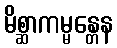
မိစ္ဆာကမ္မန္တေန